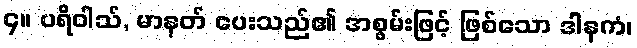
၄။ ပရိဝါသ်, မာနတ် ပေးသည်၏ အစွမ်းဖြင့် ဖြစ်သော ဒါနကံ၊